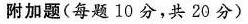
附加题(每题10分，共20分)